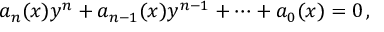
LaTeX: a _ { n } ( x ) y ^ { n } + a _ { n - 1 } ( x ) y ^ { n - 1 } + \cdots + a _ { 0 } ( x ) = 0 \, ,